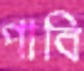
পাবি